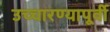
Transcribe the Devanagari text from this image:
उच्चारण्यापूर्वी